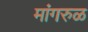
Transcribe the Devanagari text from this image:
मांगरुळ